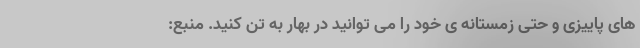
های پاییزی و حتی زمستانه ی خود را می توانید در بهار به تن کنید. منبع: